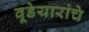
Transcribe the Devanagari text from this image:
वूडेयारांचे